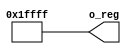
module R_17_131071(output [16:0] o_reg);

assign o_reg=32'd131071;

endmodule